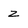
Character: z